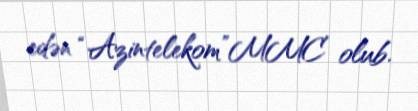
edən “Azintelekom”MMC olub.